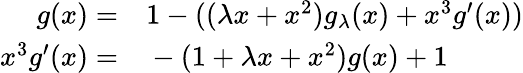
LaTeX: \begin{array}{rl}{g(x)=}&{{}1-((\lambda x+x^{2})g_{\lambda}(x)+x^{3}g^{\prime}(x))}\\ {x^{3}g^{\prime}(x)=}&{{}-(1+\lambda x+x^{2})g(x)+1}\end{array}